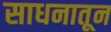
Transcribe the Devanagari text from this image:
साधनातून